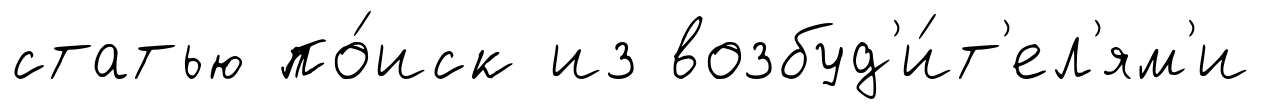
статью по́иск из возбуд'и́т'ел'ям'и